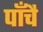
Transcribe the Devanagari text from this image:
पाँचै